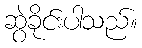
ဆွဲခိုင်းပါသည်။